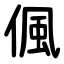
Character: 偑